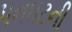
પનઘટની